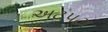
અટપટા